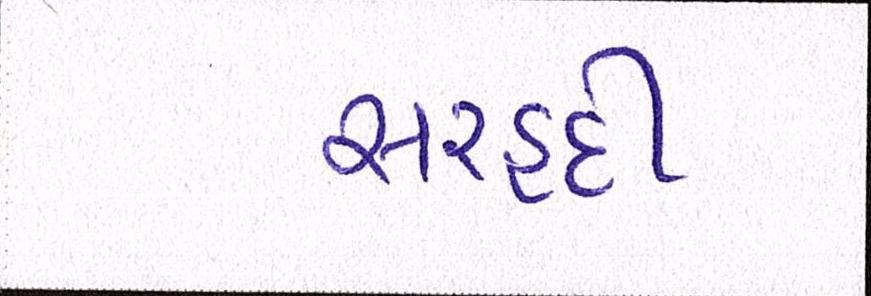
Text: સરહદી